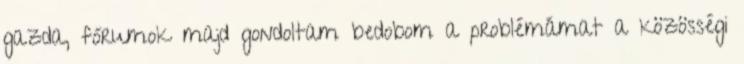
gazda, fórumok majd gondoltam bedobom a problémámat a közösségi